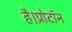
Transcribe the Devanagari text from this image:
है।प्रोटॉन